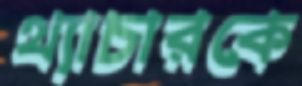
থ্যাচারকে